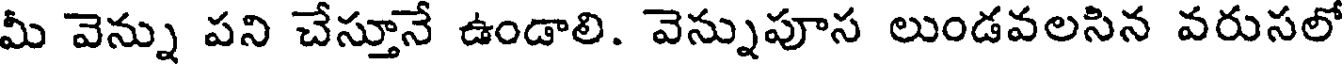
మీ వెన్ను పని చేస్తూనే ఉండాలి. వెన్నుపూస లుండవలసిన వరుసలో